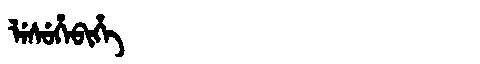
Manchu: ᠯᡝᠰᡠᡥᡝᠪᡳᡥᡝ
Romanization: LESUHEBIHE